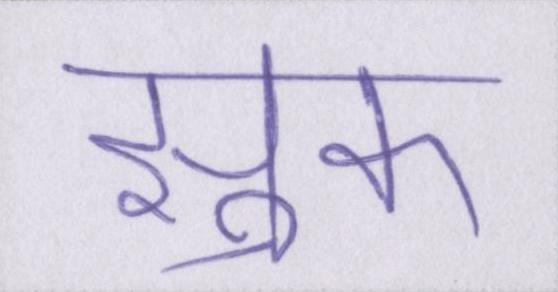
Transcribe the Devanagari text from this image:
झुक